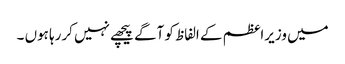
میں وزیراعظم کے الفاظ کو آگے پیچھے نہیں کررہا ہوں ۔